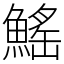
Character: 鰩